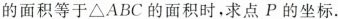
的面积等于△ABC的面积时，求点P的坐标.